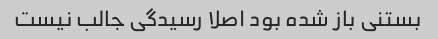
بستنی باز شده بود اصلا رسیدگی جالب نیست